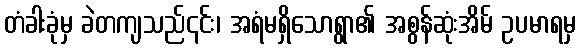
တံခါးခုံမှ ခဲတကျသည်၎င်း၊ အရံမရှိသောရွာ၏ အစွန်ဆုံးအိမ် ဥပမာရမှ